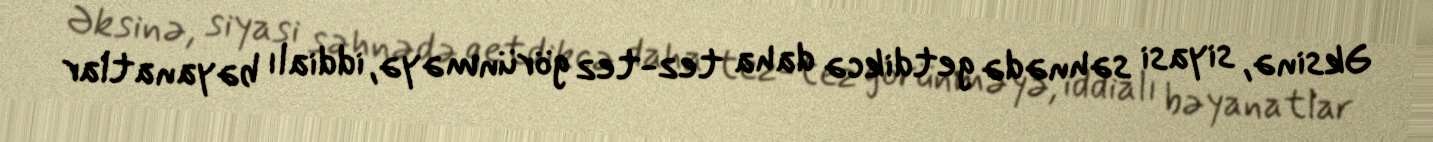
Əksinə, siyasi səhnədə getdikcə daha tez-tez görünməyə, iddialı bəyanatlar